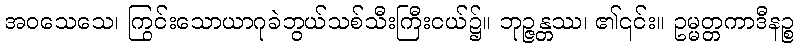
အဝသေသေ၊ ကြွင်းသောယာဂုခဲဘွယ်သစ်သီးကြီးငယ်၌။ ဘုဉ္ဇန္တဿ၊ ၏၎င်း။ ဥမ္မတ္တကာဒီနဉ္စ